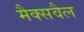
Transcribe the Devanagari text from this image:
मैक्सवैल